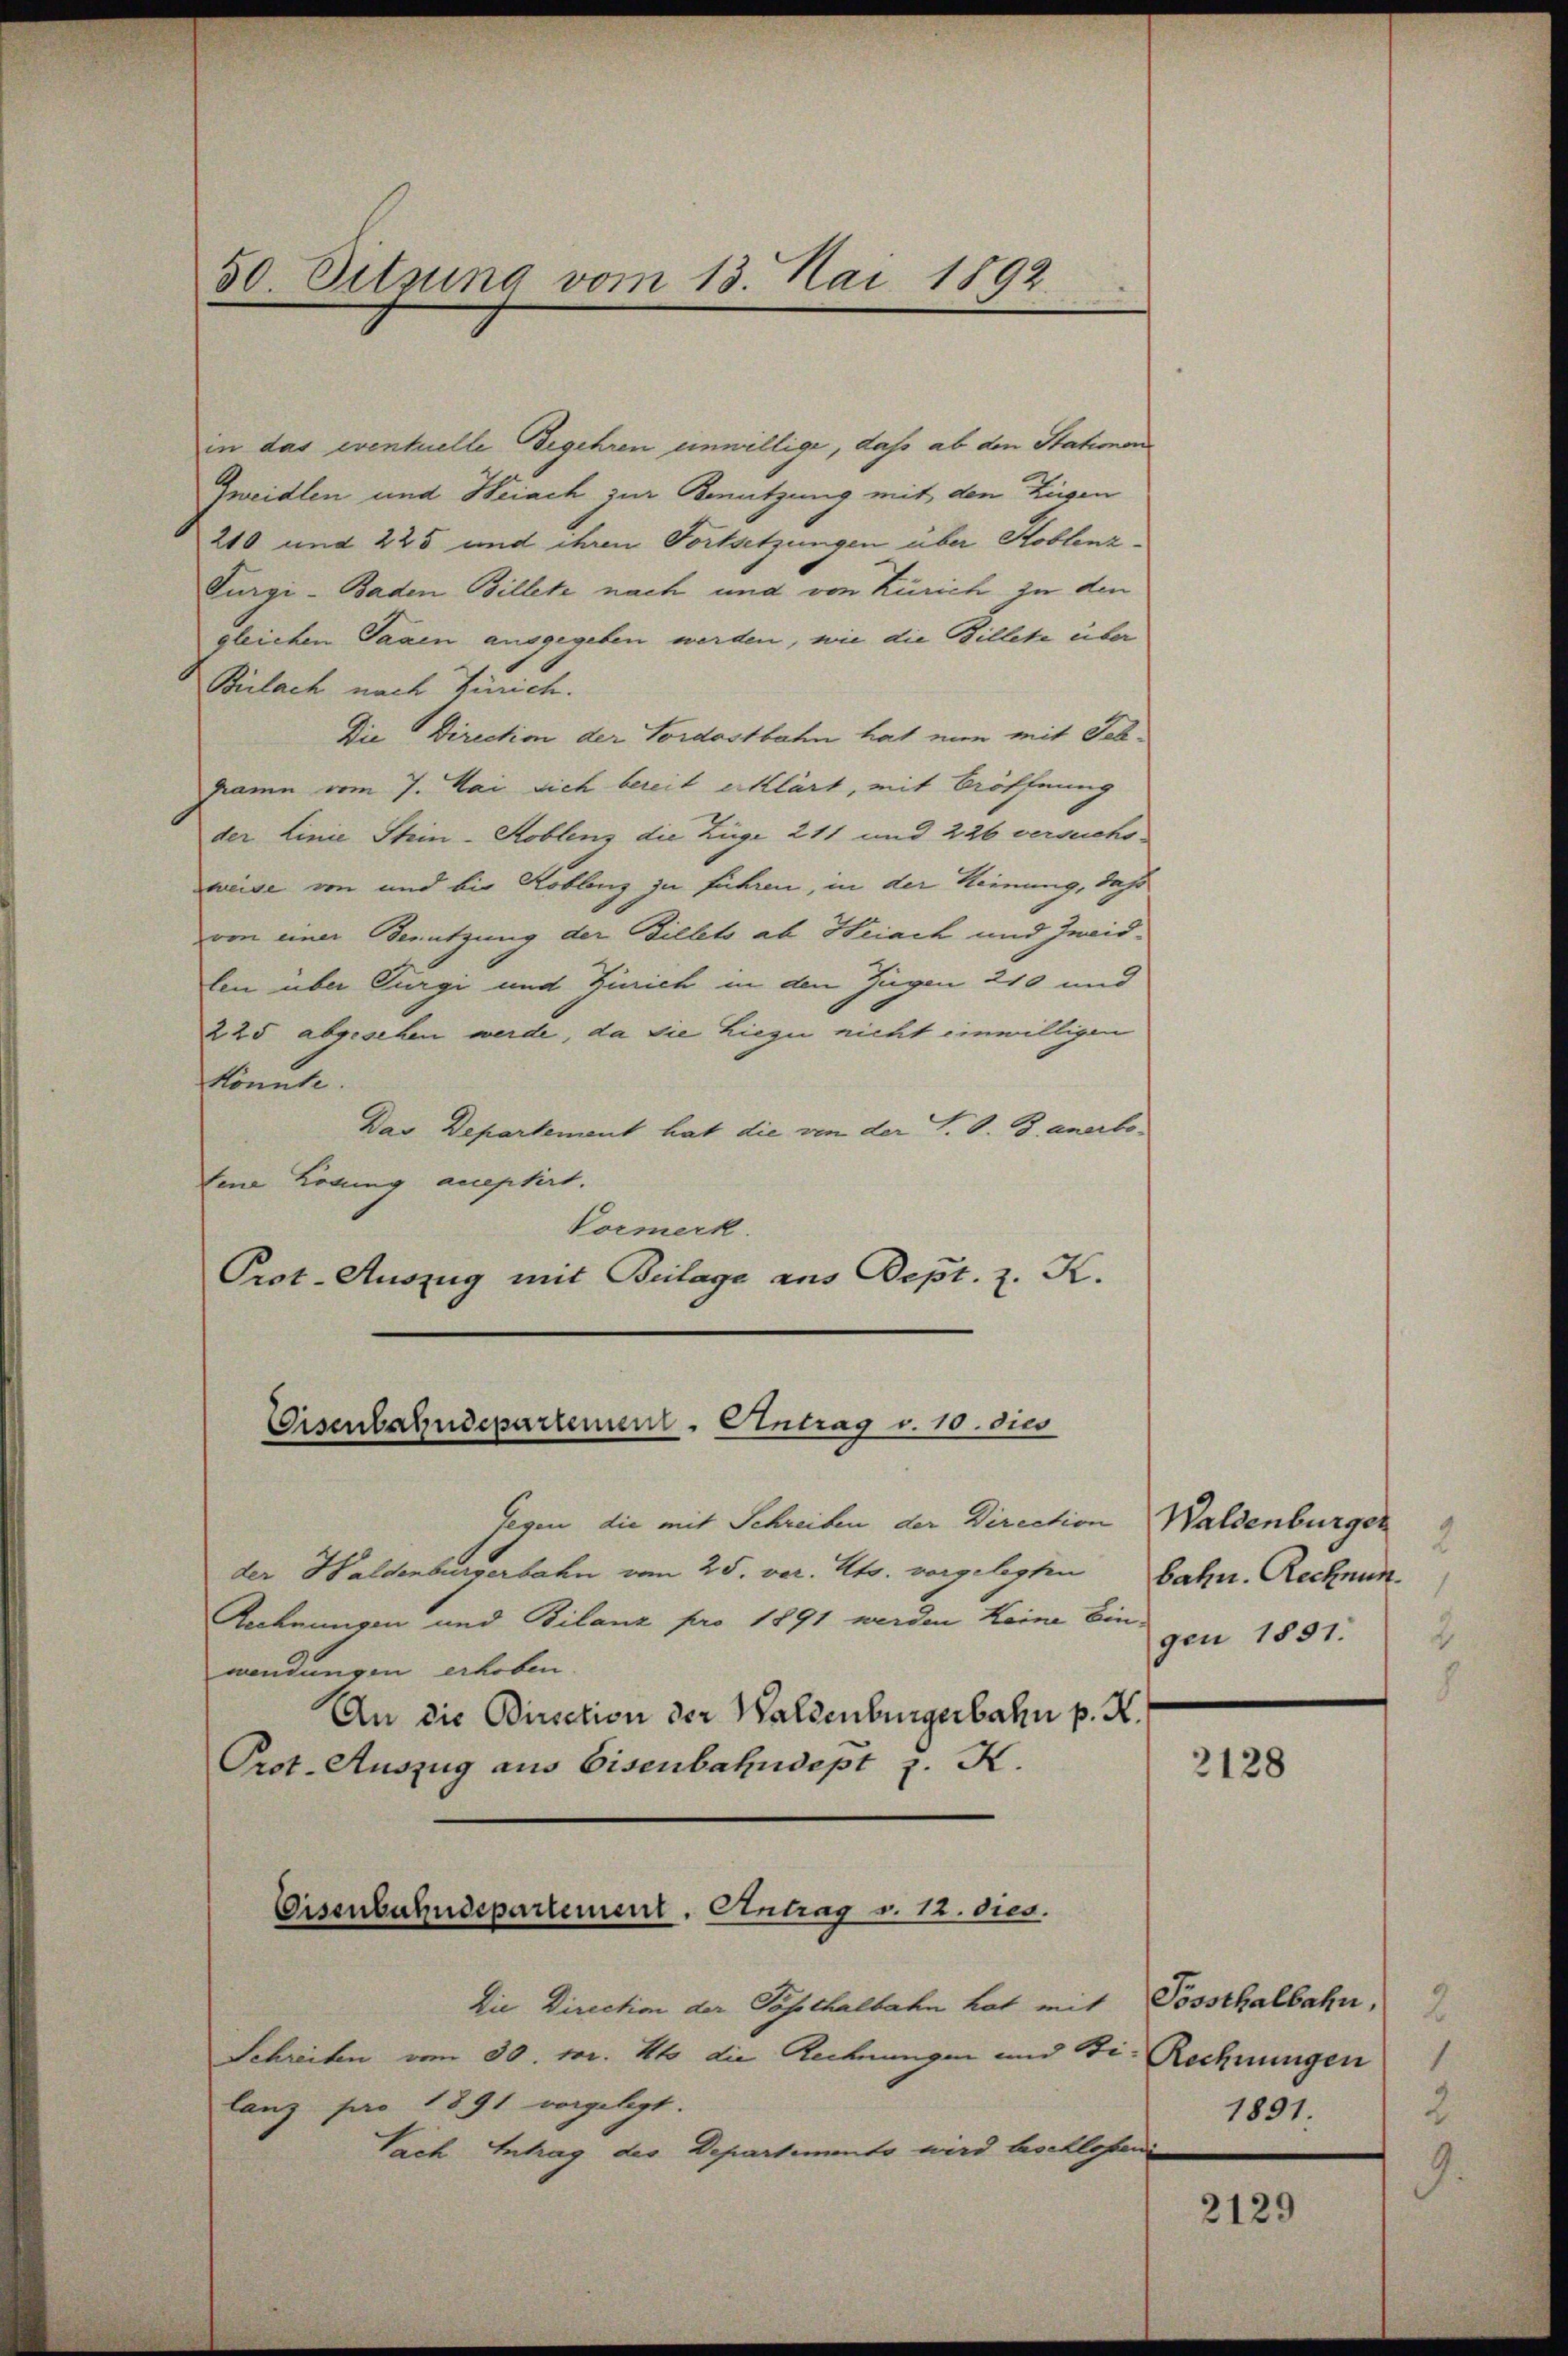
50 Sitzung vom 13. Mai 1892.

in das eventielle Begehren einwillige, daß ab den Statimen
Zweidlen und Weiach zur Benutzung mit den Zügen
210 und 225 und ihren Fortsetzungen über Koblenz¬
Furgi- Baden Billete nach und von Zürich zu den
gleichen Tagen ausgegeben werden, wie die Billete über
Bülach nach Zürich.
Die Direction der Tordostbahn hat nun mit Schgramm vom 7. Mai sich bereit erklärt, mit Eröffnung
der Linie Stein-Koblenz die Züge 211 und 226 versuchsweise von und bis Koblenz zu führen, in der Meinung, daß
von einer Benutzung der Billets ab Heiach und Ineislen über Bürgi und Zürich in den Jugen 240 und
225 abgesehen werde, da sie hiezu nicht einwilligen
Könnte.
Das Departement hat die von der P. O. G. anerbofene Losung acceptirt.
Vormerk.
Prot. Auszug mit Beilage aus Dept. z. K.

Eisenbahndepartement - Antrag v. 10. dies

Gegen die mit Schreiben der Direction
der Waldenburgerbahn vom 25. vor. Mts. vorgelegten
Rechnungen und Bilanz pro 1891 werden Heine Ein-
wendungen erhoben.
An die Direction der Waldenburgerbahn p. K.
Prot. Auszug aus Eisenbahndept z. K.

Eisenbahndepartement. Antrag v. 12. dies.

Die Direction der Posthalbahn hat mit Possthalbahn,
Schreiben vom 30. pr. 4to die Rechnungen und Fi. Rechnungen
lanz pro 1891 vorgelegt.
Sach Antrag des Departemento wird beschlosen

Waldenburger
2
bahn. Rechnun
gen 1851. 2

2128

1891.

2129